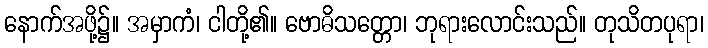
နောက်အဖို့၌။ အမှာကံ၊ ငါတို့၏။ ဗောဓိသတ္တော၊ ဘုရားလောင်းသည်။ တုသိတပုရာ၊